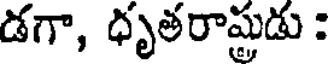
డగా, ధృతరాష్టుడు :